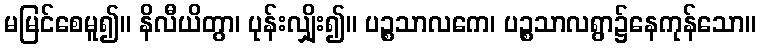
မမြင်စေမူ၍။ နိလီယိတွာ၊ ပုန်းလျှိုး၍။ ပဉ္စသာလကေ၊ ပဉ္စသာလရွာ၌နေကုန်သော။